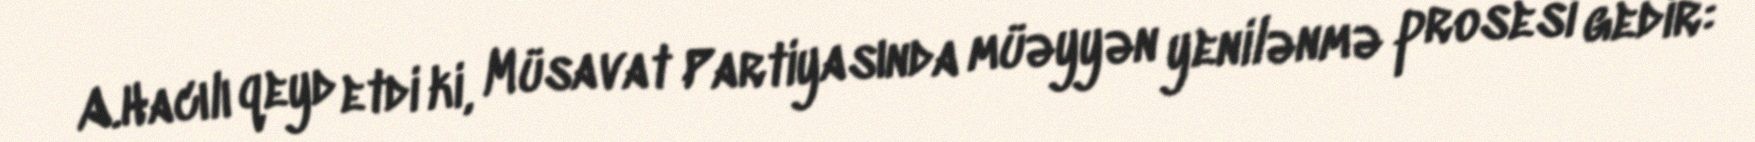
A.Hacılı qeyd etdi ki, Müsavat Partiyasında müəyyən yenilənmə prosesi gedir: